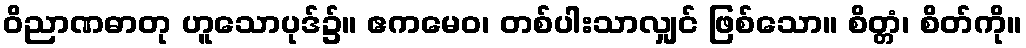
ဝိညာဏဓာတု ဟူသောပုဒ်၌။ ဧကမေဝ၊ တစ်ပါးသာလျှင် ဖြစ်သော။ စိတ္တံ၊ စိတ်ကို။